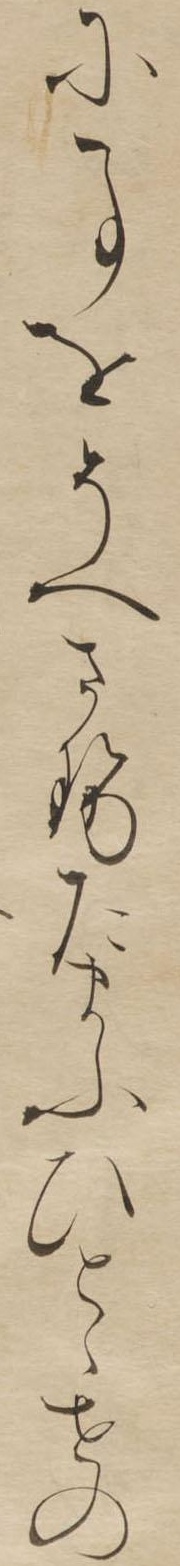
に事をそへさせたまふひとゝせの